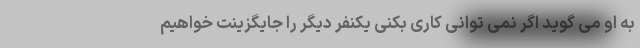
به او می گوید اگر نمی توانی کاری بکنی یکنفر دیگر را جایگزینت خواهیم